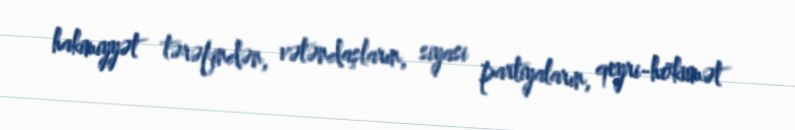
hakimiyyət tərəfindən, vətəndaşların, siyasi partiyaların, qeyri-hökumət